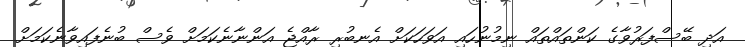
އަދި ބޭސްފަރުވާގެ ކަންތައްތައް ނިމުނުހައި އަވަހަކަށް އެނބުރި ރާއްޖެ އަންނާނެކަމަށް ވެސް ބުނެފައިވާނެކަމަށް